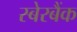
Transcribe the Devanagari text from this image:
स्बेरबैंक